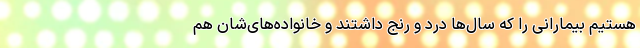
هستیم بیمارانی را که سال‌ها درد و رنج داشتند و خانواده‌های‌شان هم